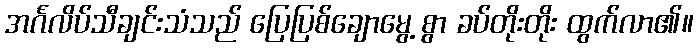
အင်္ဂလိပ်သီချင်းသံသည် ပြေပြစ်ချောမွေ့ စွာ ခပ်တိုးတိုး ထွက်လာ၏။